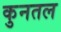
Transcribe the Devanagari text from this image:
कुनतल